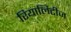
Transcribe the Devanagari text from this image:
रियालिटीज